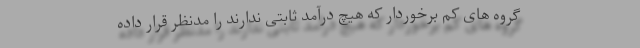
گروه های کم برخوردار که هیچ درآمد ثابتی ندارند را مدنظر قرار داده